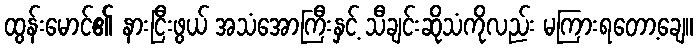
ထွန်းမောင်၏ နားငြီးဖွယ် အသံအောကြီးနှင့် သီချင်းဆိုသံကိုလည်း မကြားရတော့ချေ။